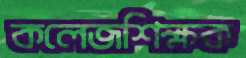
কলেজশিক্ষক